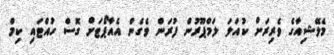
މެލޭޝިއާގެ ވެރިރަށް ކުއަލަ ލަމްޕޫރުން ފުރަން ވެގެން އެއާޕޯޓަށް ގޮސް ހުއްޓައި ކިމް